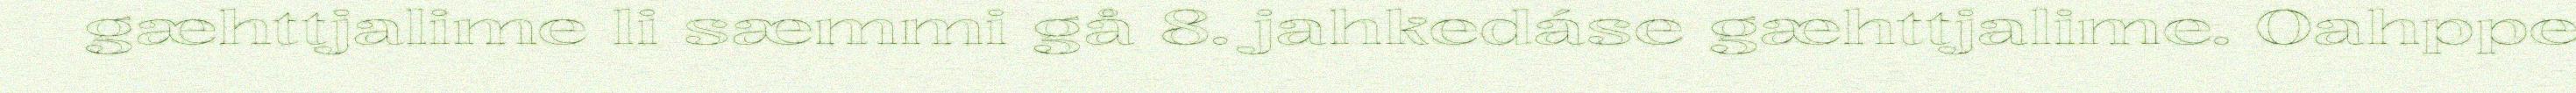
gæhttjalime li sæmmi gå 8. jahkedáse gæhttjalime. Oahppe